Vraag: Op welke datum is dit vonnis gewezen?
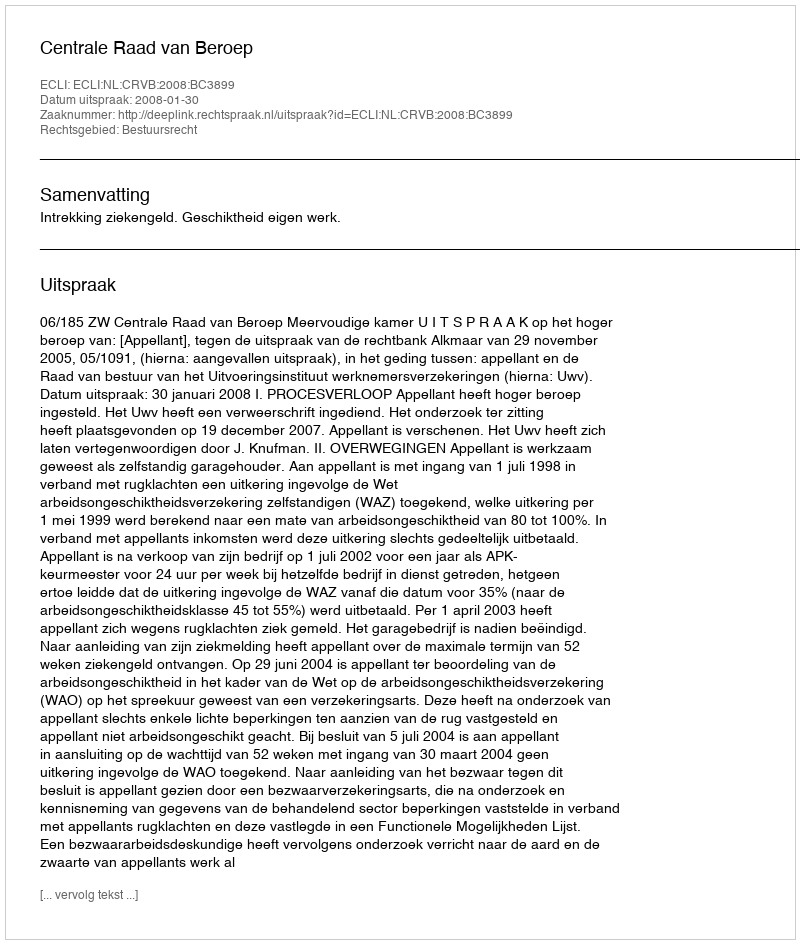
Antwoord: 2008-01-30